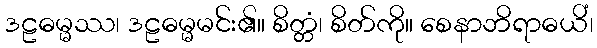
ဒဠဓမ္မဿ၊ ဒဠဓမ္မမင်း၏။ စိတ္တံ၊ စိတ်ကို။ စေနာဘိရာဓယိံ၊